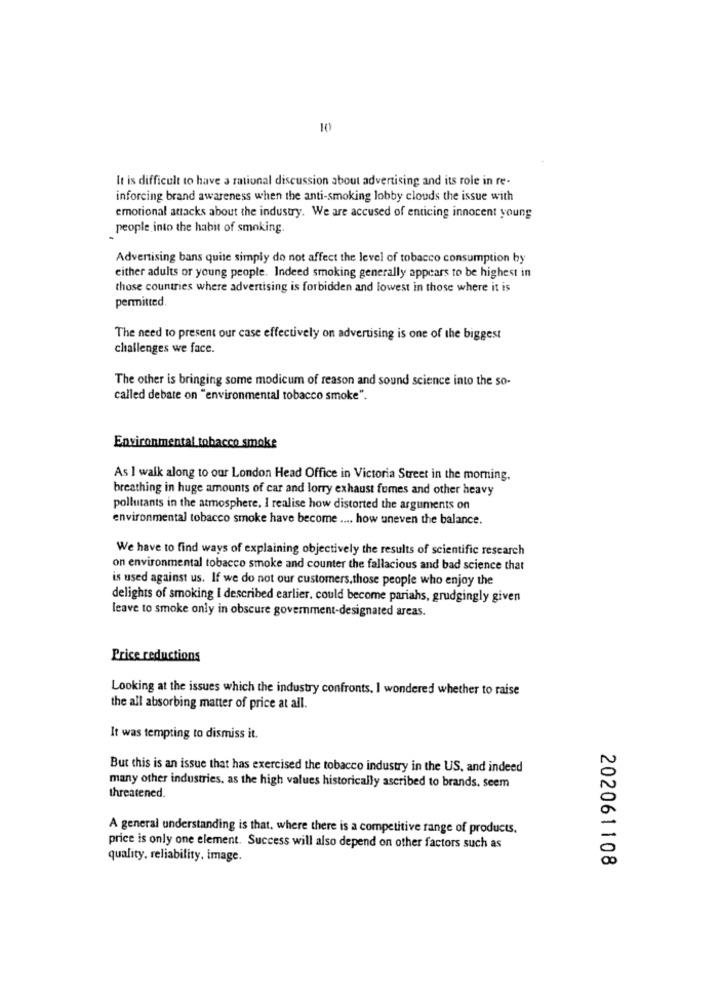
10
It is difficult to have a rational discussion about advertising and its role in re-
inforcing brand awareness when the anti-smoking lobby clouds the issue with
emotional attacks about the industry. We are accused of enticing innocent young
people into the habit of smoking.
Advertising bans quite simply do not affect the level of tobacco consumption by
either adults or young people. Indeed smoking generally appears to be highest in
those countries where advertising is forbidden and lowest in those where it is
permitted.
The need to present our case effectively on advertising is one of the biggest
challenges we face.
The other is bringing some modicum of reason and sound science into the so-
called debate on "environmental tobacco smoke".
Environmental tobacco smoke
As I walk along to our London Head Office in Victoria Street in the morning.
breathing in huge amounts of car and lorry exhaust fumes and other heavy
pollutants in the atmosphere, I realise how distorted the arguments on
environmental tobacco smoke have become .... how uneven the balance.
We have to find ways of explaining objectively the results of scientific research
on environmental tobacco smoke and counter the fallacious and bad science that
is used against us. If we do not our customers, those people who enjoy the
delights of smoking I described earlier, could become pariahs, grudgingly given
leave to smoke only in obscure government-designated areas.
Price reductions
Looking at the issues which the industry confronts, I wondered whether to raise
the all absorbing matter of price at all.
It was tempting to dismiss it.
But this is an issue that has exercised the tobacco industry in the US, and indeed
many other industries. as the high values historically ascribed to brands, seem
threatened.
A general understanding is that, where there is a competitive range of products.
price is only one element. Success will also depend on other factors such as
quality, reliability, image.
202061108